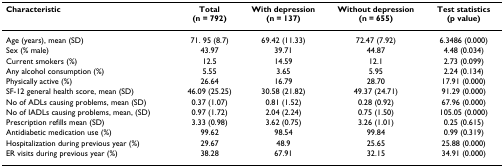
<table><thead><tr><td><b>Characteristic</b></td><td><b>Total (n = 792)</b></td><td><b>With depression (n = 137)</b></td><td><b>Without depression (n = 655)</b></td><td><b>Test statistics (p value)</b></td></tr></thead><tbody><tr><td>Age (years), mean (SD)</td><td>71. 95 (8.7)</td><td>69.42 (11.33)</td><td>72.47 (7.92)</td><td>6.3486 (0.000)</td></tr><tr><td>Sex (% male)</td><td>43.97</td><td>39.71</td><td>44.87</td><td>4.48 (0.034)</td></tr><tr><td>Current smokers (%)</td><td>12.5</td><td>14.59</td><td>12.1</td><td>2.73 (0.099)</td></tr><tr><td>Any alcohol consumption (%)</td><td>5.55</td><td>3.65</td><td>5.95</td><td>2.24 (0.134)</td></tr><tr><td>Physically active (%)</td><td>26.64</td><td>16.79</td><td>28.70</td><td>17.91 (0.000)</td></tr><tr><td>SF-12 general health score, mean (SD)</td><td>46.09 (25.25)</td><td>30.58 (21.82)</td><td>49.37 (24.71)</td><td>91.29 (0.000)</td></tr><tr><td>No of ADLs causing problems, mean (SD)</td><td>0.37 (1.07)</td><td>0.81 (1.52)</td><td>0.28 (0.92)</td><td>67.96 (0.000)</td></tr><tr><td>No of IADLs causing problems, mean, (SD)</td><td>0.97 (1.72)</td><td>2.04 (2.24)</td><td>0.75 (1.50)</td><td>105.05 (0.000)</td></tr><tr><td>Prescription refills mean (SD)</td><td>3.33 (0.98)</td><td>3.62 (0.75)</td><td>3.26 (1.01)</td><td>0.25 (0.615)</td></tr><tr><td>Antidiabetic medication use (%)</td><td>99.62</td><td>98.54</td><td>99.84</td><td>0.99 (0.319)</td></tr><tr><td>Hospitalization during previous year (%)</td><td>29.67</td><td>48.9</td><td>25.65</td><td>25.88 (0.000)</td></tr><tr><td>ER visits during previous year (%)</td><td>38.28</td><td>67.91</td><td>32.15</td><td>34.91 (0.000)</td></tr></tbody></table>